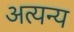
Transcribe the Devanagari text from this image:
अत्यन्य